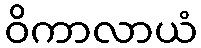
ဝိကာလာယံ